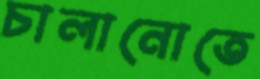
চালানোতে